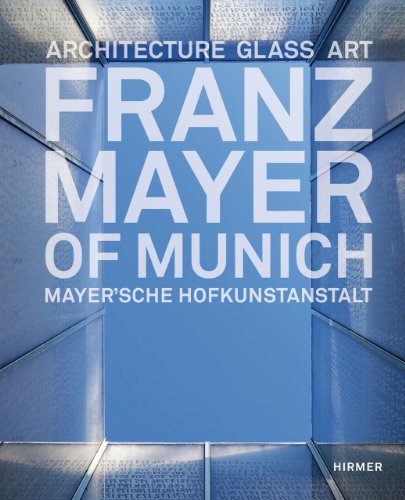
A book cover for Franz Mayer of Munich: Architecture, Glass, Art; Crafts, Hobbies & Home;